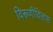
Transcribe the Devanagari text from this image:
विरूणीविलास